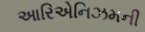
આરિએનિઝમની